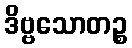
ဒိဗ္ဗသောတဉ္စ